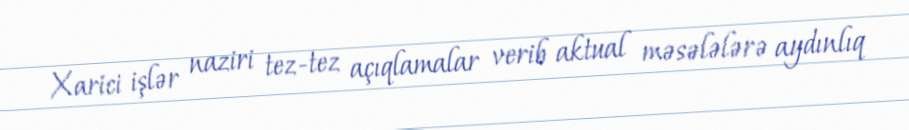
Xarici işlər naziri tez-tez açıqlamalar verib aktual məsələlərə aydınlıq